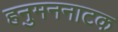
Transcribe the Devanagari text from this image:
हनुमननाटक